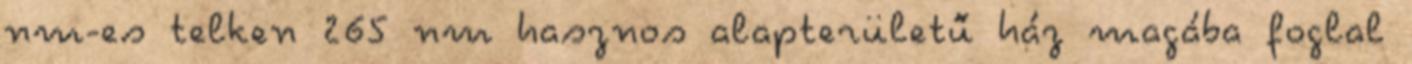
nm-es telken 265 nm hasznos alapterületű ház magába foglal